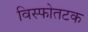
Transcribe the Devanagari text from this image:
विस्फोतटक